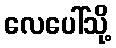
လေပေါ်သို့